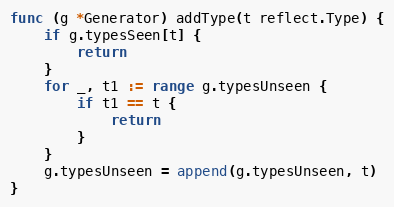
Language: Go
func (g *Generator) addType(t reflect.Type) {
	if g.typesSeen[t] {
		return
	}
	for _, t1 := range g.typesUnseen {
		if t1 == t {
			return
		}
	}
	g.typesUnseen = append(g.typesUnseen, t)
}